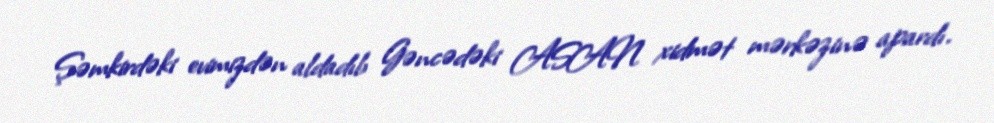
Şəmkirdəki evimizdən aldadıb Gəncədəki ASAN xidmət mərkəzinə apardı.